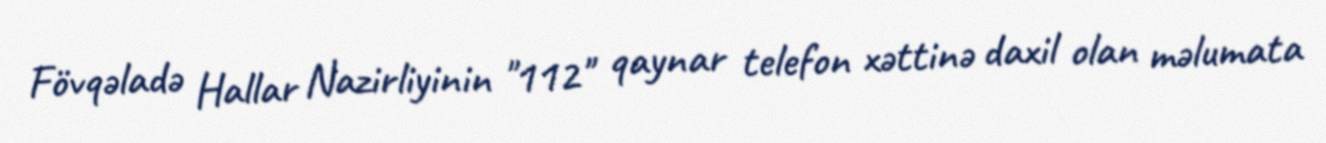
Fövqəladə Hallar Nazirliyinin "112" qaynar telefon xəttinə daxil olan məlumata